画像に写った文字を読んでください
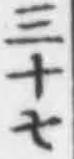
「三十七」と書いてあります